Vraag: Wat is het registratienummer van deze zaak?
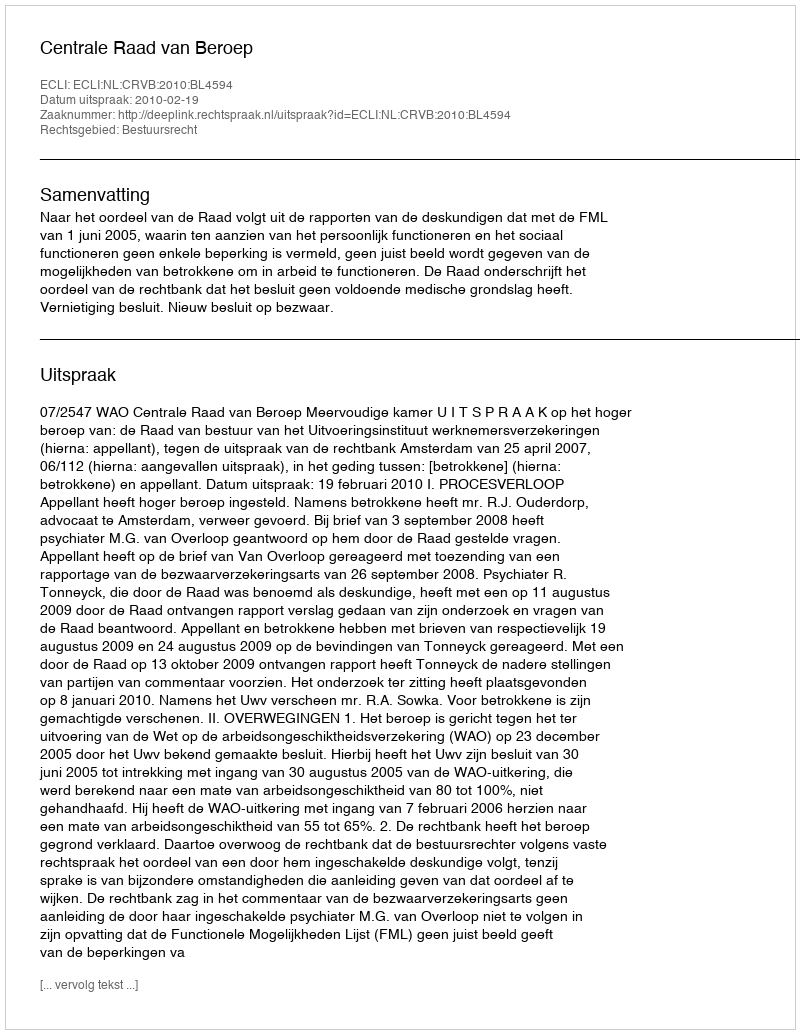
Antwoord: http://deeplink.rechtspraak.nl/uitspraak?id=ECLI:NL:CRVB:2010:BL4594